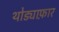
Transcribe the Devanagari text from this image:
थोड्याफ़ार